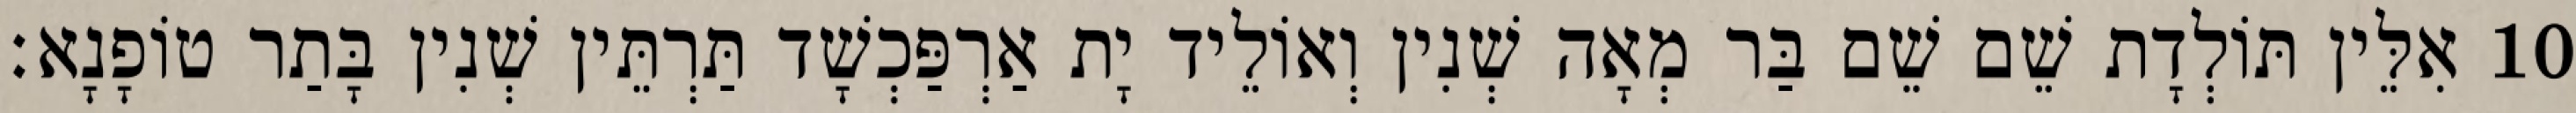
10 אִלֵּין תּוֹלְדָת שֵׁם שֵׁם בַּר מְאָה שְׁנִין וְאוֹלֵיד יָת אַרְפַּכְשָׁד תַּרְתֵּין שְׁנִין בָּתַר טוֹפָנָא׃